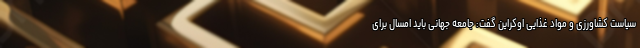
سیاست کشاورزی و مواد غذایی اوکراین گفت: جامعه جهانی باید امسال برای